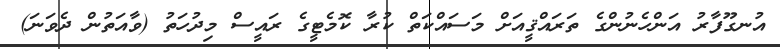
އުނގޫފާރު އަންހެނުންގެ ތަރައްޤީއަށް މަސައްކަތް ކުރާ ކޮމެޓީގެ ރައީސް މިދުހަތު (ވާއަތުން ދެވަނަ)